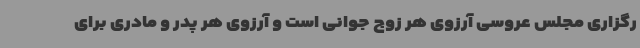
رگزاری مجلس عروسی آرزوی هر زوج جوانی است و آرزوی هر پدر و مادری برای